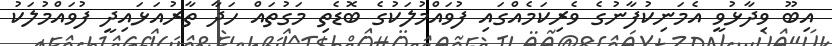
އިބޫ ވިދާޅުވީ އެމަނިކުފާނުގެ ވެރިކަމެއްގައި ފުވައްމުލަކުގެ ބޮޑެތި މަގުތައް ހަދާ ތާރުއަޅައިދީ ފުވައްމުލަކު